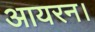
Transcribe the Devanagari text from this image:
आयरन।